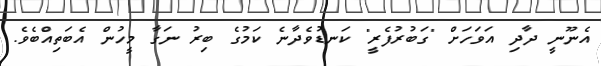
އެނޫނީ ދާދި އަވަހަށް "ގަބުރުފެރީ" ކަނޑުވެދާނެ ކަމުގެ ބިރު ނަގާ މީހުން އެބަތިއްބެވެ.